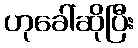
ဟုခေါ်ဆိုပြီး